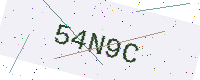
Text: 54N9C